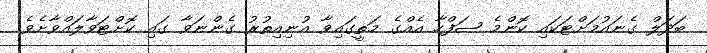
ބަދަލް ގެނައުމަށްޓަކައި ކޮންމެ ޞަފްހާ އެއްގެ މަތީގައިވާ އުނިއިތުރު ގެންނަވާ ގައި ކޮށްޓަވާލައްވާށެވެ.